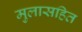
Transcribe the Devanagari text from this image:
मुलासहित